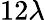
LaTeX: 12\lambda